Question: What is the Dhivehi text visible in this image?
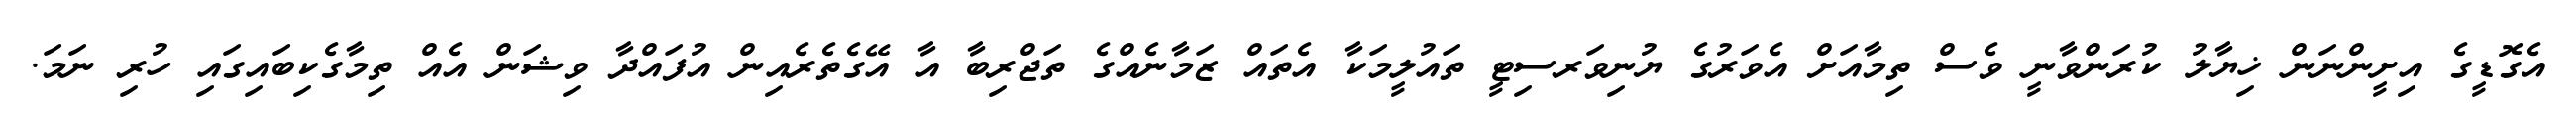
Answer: އެގޮޑީގެ އިށީންނަން ޚިޔާލު ކުރަންވާނީ ވެސް ތިމާއަށް އެވަރުގެ ޔުނިވަރސިޓީ ތައުލީމަކާ އެތައް ޒަމާނެއްގެ ތަޖްރިބާ އާ އޭގެތެރެއިން އުފައްދާ ވިޝަން އެއް ތިމާގެކިބައިގައި ހުރި ނަމަ.